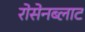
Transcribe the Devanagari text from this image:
रोसेनब्लाट